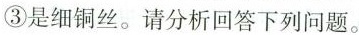
③是细铜丝。请分析回答下列问题。